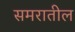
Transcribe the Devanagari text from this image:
समरातील